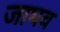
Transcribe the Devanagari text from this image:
जाघव